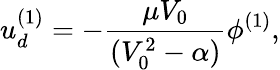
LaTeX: u_{d}^{(1)}=-\frac{\mu V_{0}}{(V_{0}^{2}-\alpha)}\phi^{(1)},